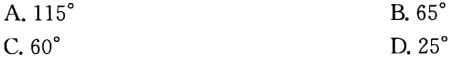
A. \(115^{\circ}\)
B. \(65^{\circ}\)
C. \(60^{\circ}\)
D. \(25^{\circ}\)